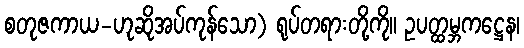
စတုဇကာယ-ဟုဆိုအပ်ကုန်သော) ရုပ်တရားတို့ကို။ ဥပတ္ထမ္ဘကဋ္ဌေန၊